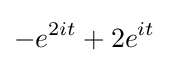
-e^{2it}+2e^{it}